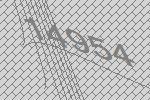
14954